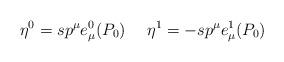
LaTeX: \begin{align*}\eta^0=s p^\mu e_\mu^0(P_0) \ \ \ \ \eta^1=-s p^\mu e_\mu^1(P_0)\end{align*}